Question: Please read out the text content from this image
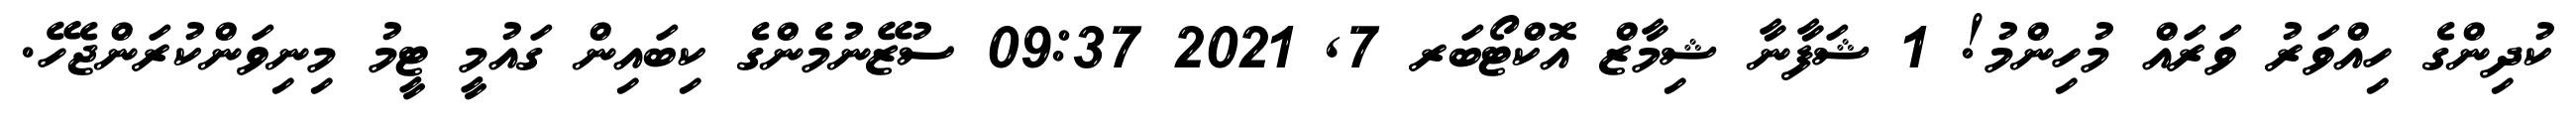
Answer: ކުދިންގެ ހިއްވަރު ވަރައް މުހިންމު! 1 ޝަފާނާ ޝިމާޒް އޮކްޓޯބަރ 7, 2021 09:37 ސުޒޭނުމެންގެ ކިބައިން ގައުމީ ޓީމު މިނިވަންކުރަންޖެހޭ.